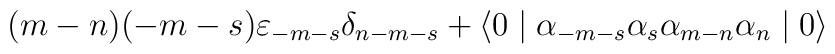
(m-n) (-m-s) {\varepsilon}_{-m-s} {\delta}_{n-m-s}+ \langle 0 \mid {\alpha}_{-m-s} {\alpha}_s {\alpha}_{m-n}{\alpha}_n \mid 0 \rangle